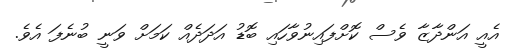
އެއީ އަންދާޒާ ވެސް ކޮށްފައިނުވާހައި ބޮޑު އަދަދެއް ކަމަށް ވަނީ ބުނެފަ އެވެ.